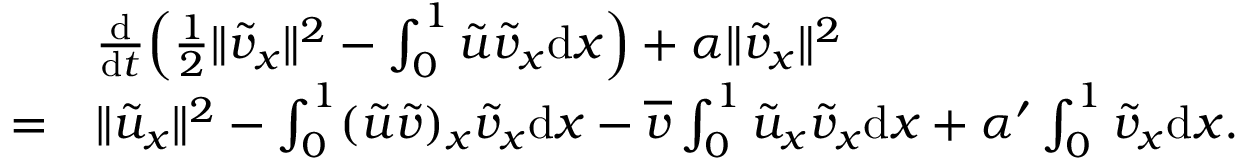
\begin{array} { r l } & { \frac { \mathrm { d } } { \mathrm { d } t } \Big ( \frac 1 2 \| { \tilde { v } } _ { x } \| ^ { 2 } - \int _ { 0 } ^ { 1 } { \tilde { u } } { \tilde { v } } _ { x } { \mathrm { d } x } \Big ) + \alpha \| { \tilde { v } } _ { x } \| ^ { 2 } } \\ { = } & { \| { \tilde { u } } _ { x } \| ^ { 2 } - \int _ { 0 } ^ { 1 } ( { \tilde { u } } { \tilde { v } } ) _ { x } { \tilde { v } } _ { x } { \mathrm { d } x } - \overline { { v } } \int _ { 0 } ^ { 1 } { \tilde { u } } _ { x } { \tilde { v } } _ { x } { \mathrm { d } x } + \alpha ^ { \prime } \int _ { 0 } ^ { 1 } { \tilde { v } } _ { x } { \mathrm { d } x } . } \end{array}